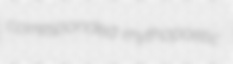
corresponded mythopoetic